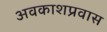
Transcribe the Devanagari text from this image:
अवकाशप्रवास